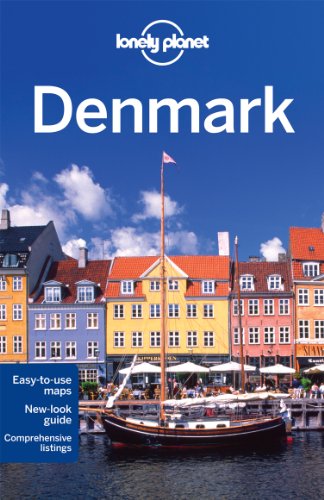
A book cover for Lonely Planet Denmark (Travel Guide); Lonely Planet; Travel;